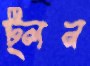
ট্লন